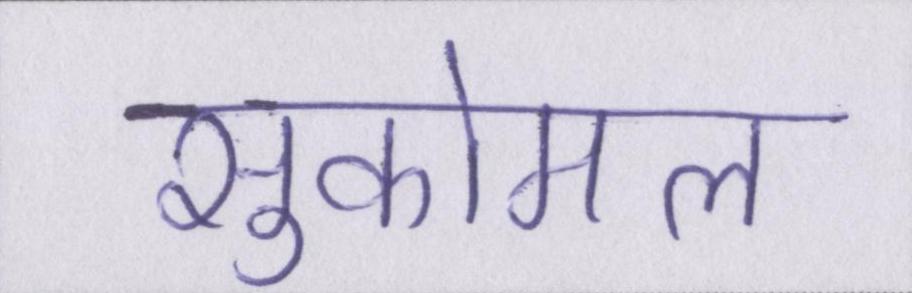
सुकोमल